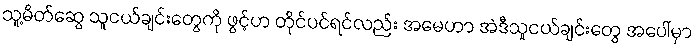
သူ့မိတ်ဆွေ သူငယ်ချင်းတွေကို ဖွင့်ဟ တိုင်ပင်ရင်လည်း အမေဟာ အဲဒီသူငယ်ချင်းတွေ အပေါ်မှာ